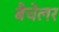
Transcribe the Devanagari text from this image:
बैचेलर